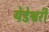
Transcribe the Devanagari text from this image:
येडेश्वरी